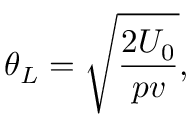
{ \theta _ { L } = \sqrt { \frac { 2 U _ { 0 } } { p v } } } ,